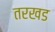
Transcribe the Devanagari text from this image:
तरखड